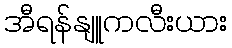
အီရန်နျူကလီးယား